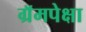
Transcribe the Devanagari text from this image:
ग्रॅमपेक्षा